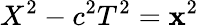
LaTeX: X^{2}-c^{2}T^{2}=\mathbf{x}^{2}